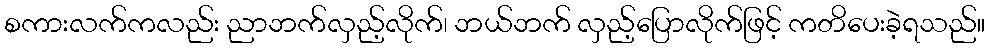
စကားလက်ကလည်း ညာဘက်လှည့်လိုက်၊ ဘယ်ဘက် လှည့်ပြောလိုက်ဖြင့် ကတိပေးခဲ့ရသည်။